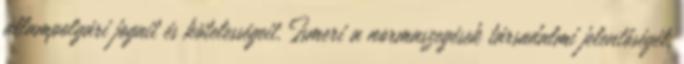
állampolgári jogait és kötelességeit. Ismeri a normaszegések társadalmi jelentőségét,